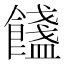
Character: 𩟏